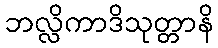
ဘလ္လိကာဒိသုတ္တာနိ